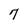
Character: 7